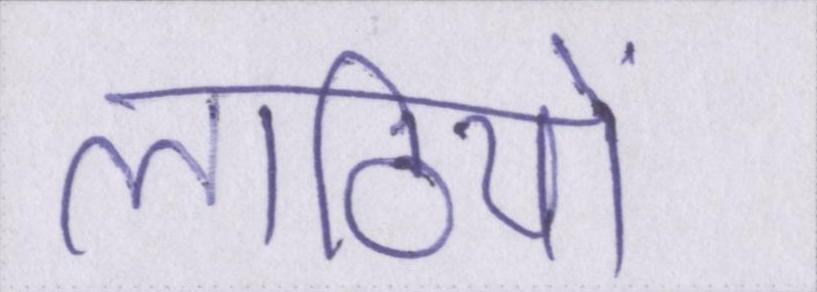
लाठियों